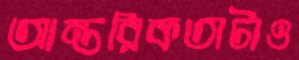
আন্তরিকতাটাও